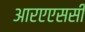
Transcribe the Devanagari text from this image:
आरएएससी